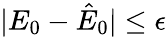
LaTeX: |E_{0}-\hat{E}_{0}|\leq\epsilon